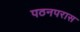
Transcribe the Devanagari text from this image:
पठनपरास